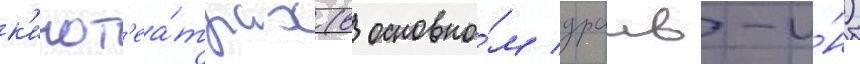
к'инот'еа́трах (в основно́м драив-и́н)